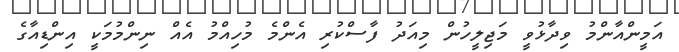
އަމީންއާންމު ވިދާޅުވީ މަޖިލީހުން މިއަދު ފާސްކުރި އެންމެ މުހިއްމު އެއް ނިންމުމަކީ އިންޑިއާގެ